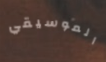
الموسيقي